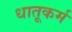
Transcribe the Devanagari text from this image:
धातूकर्म